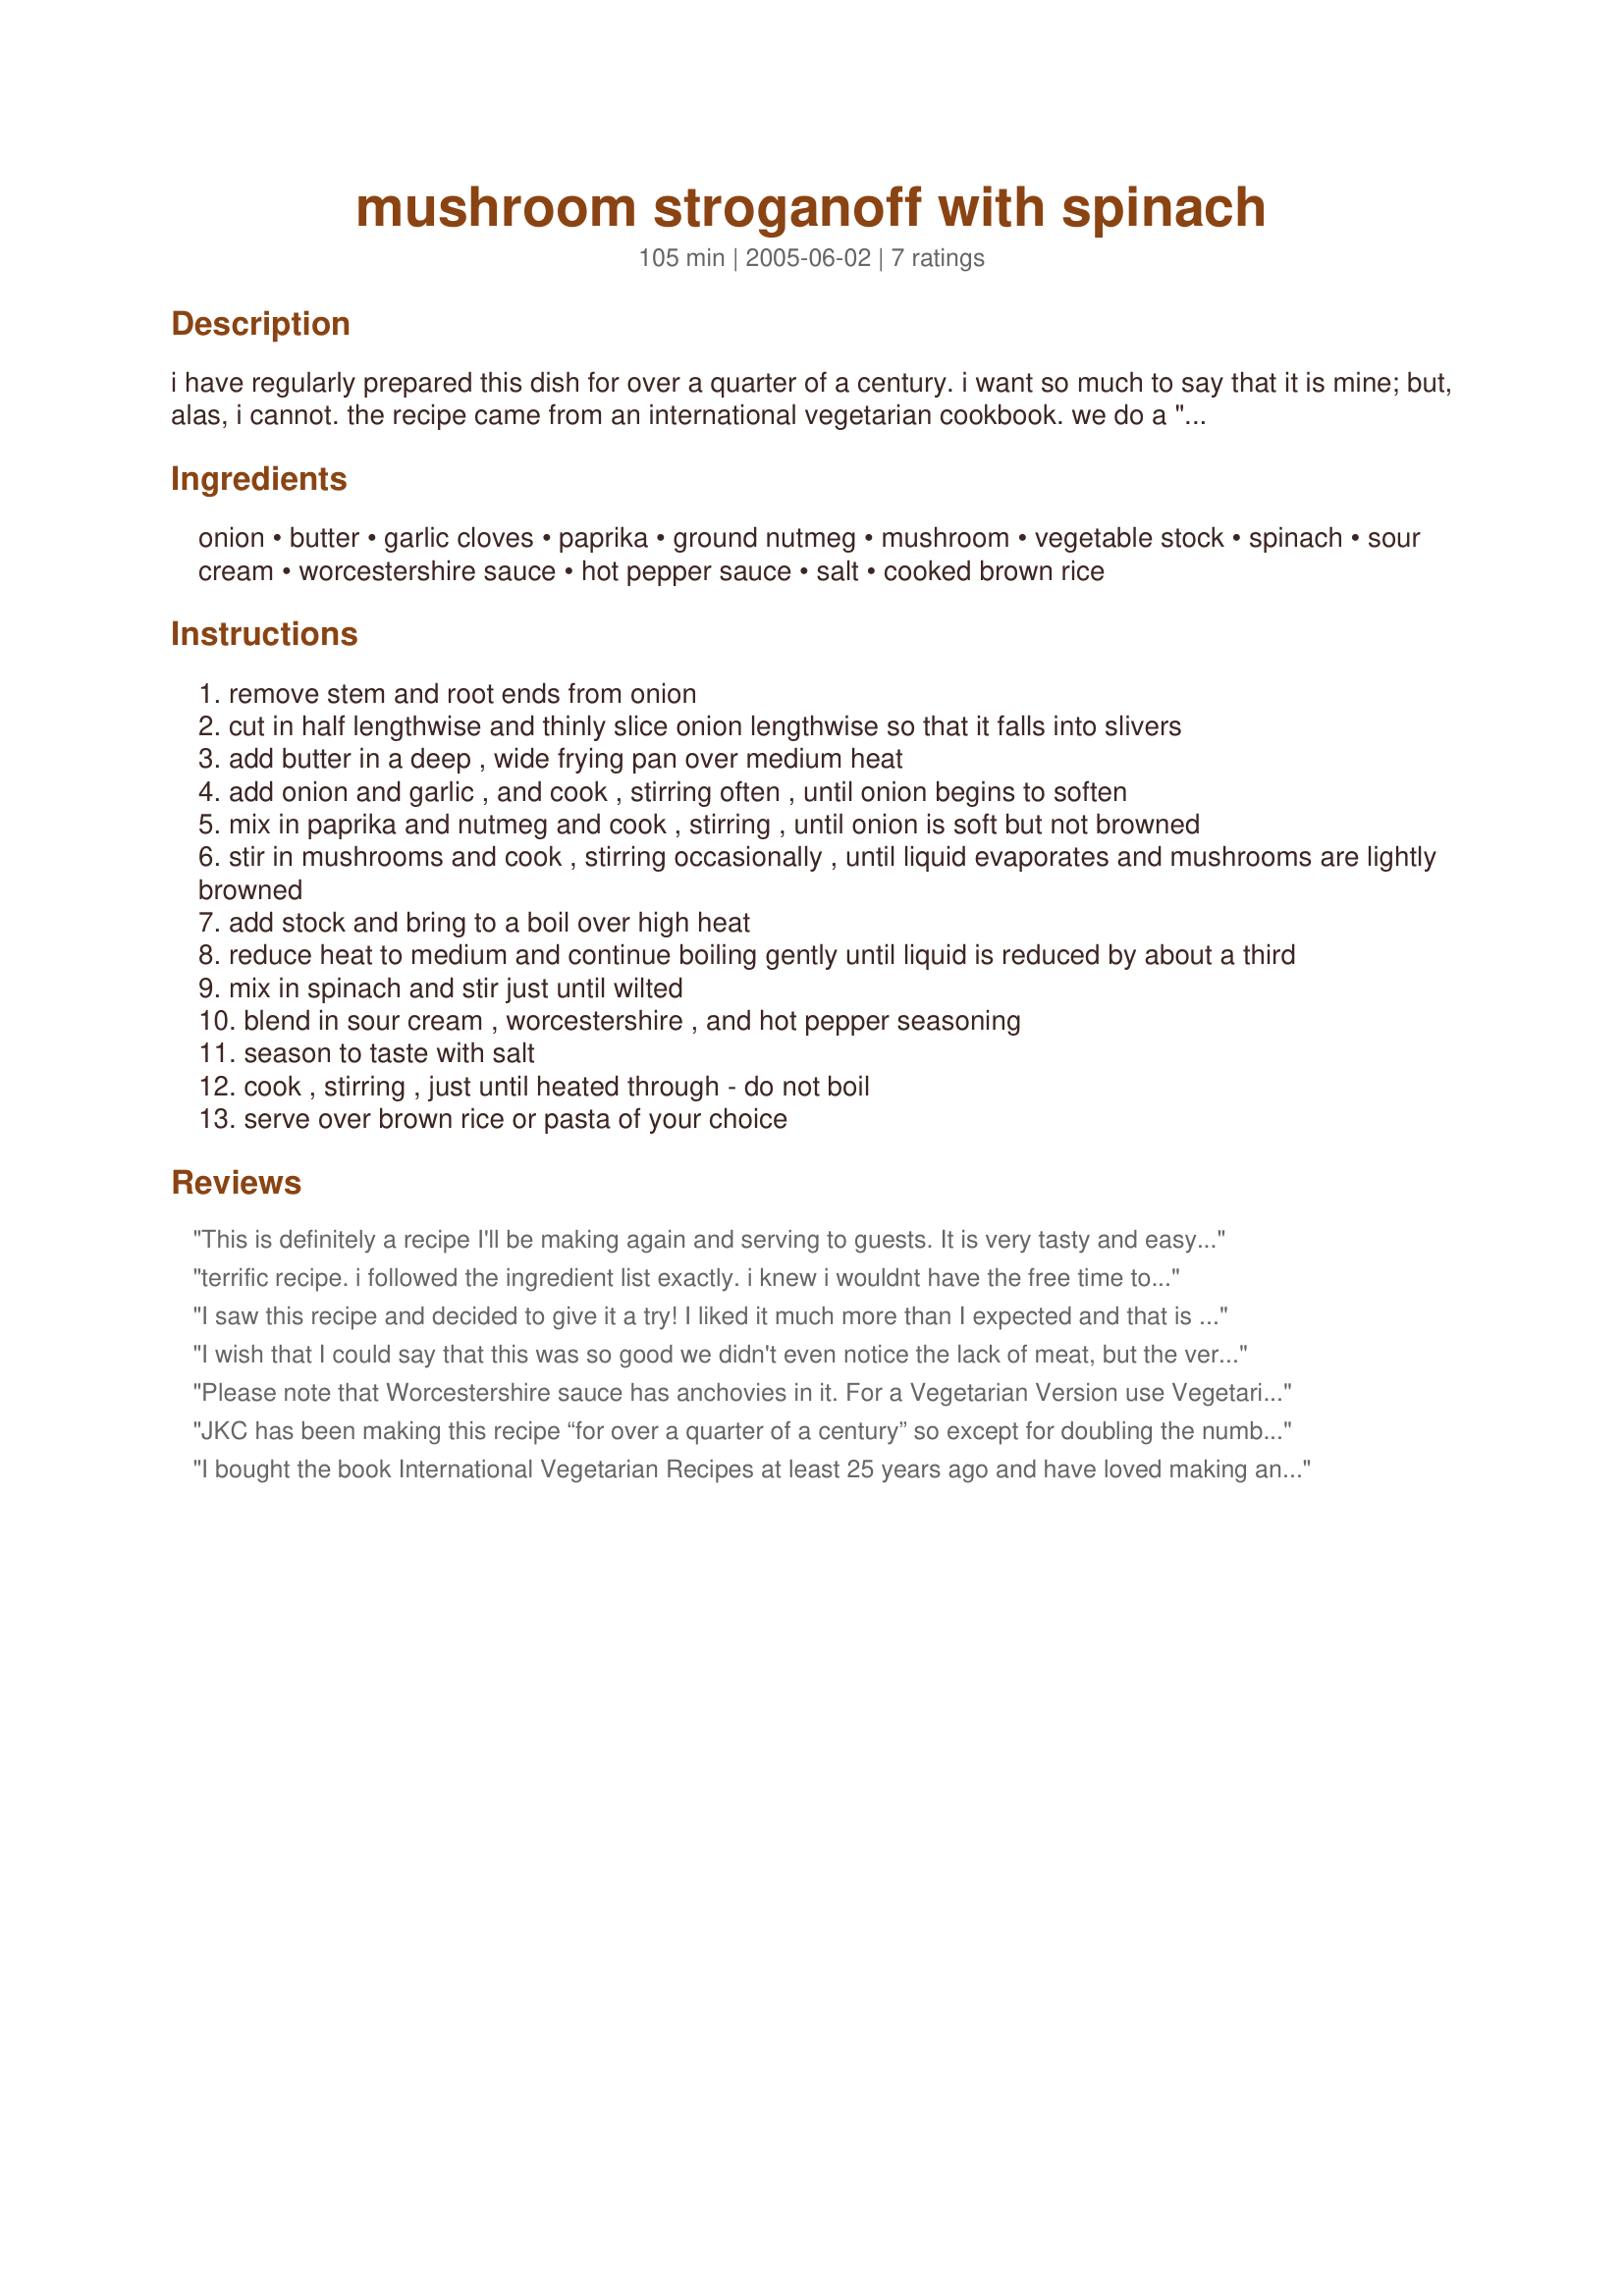
mushroom stroganoff with spinach
Preparation time: 105 minutes

i have regularly prepared this dish for over a quarter of a century. i want so much to say that it is mine; but, alas, i cannot. the recipe came from an international vegetarian cookbook. we do a "no-no" and add ground sirloin to it.

Ingredients:
onion, butter, garlic cloves, paprika, ground nutmeg, mushroom, vegetable stock, spinach, sour cream, worcestershire sauce, hot pepper sauce, salt, cooked brown rice

Steps:
remove stem and root ends from onion
cut in half lengthwise and thinly slice onion lengthwise so that it falls into slivers
add butter in a deep , wide frying pan over medium heat
add onion and garlic , and cook , stirring often , until onion begins to soften
mix in paprika and nutmeg and cook , stirring , until onion is soft but not browned
stir in mushrooms and cook , stirring occasionally , until liquid evaporates and mushrooms are lightly browned
add stock and bring to a boil over high heat
reduce heat to medium and continue boiling gently until liquid is reduced by about a third
mix in spinach and stir just until wilted
blend in sour cream , worcestershire , and hot pepper seasoning
season to taste with salt
cook , stirring , just until heated through - do not boil
serve over brown rice or pasta of your choice

Reviews:
This is definitely a recipe I'll be making again and serving to guests. It is very tasty and easy to make, specially if you use a crock pot to prepare it. I followed Jennifer's tip (from New Jersey) and threw all the ingredients in a crock pot (except for the butter, cream, and spinach) and let them cook till tender. At the end, I added the cream and spinach. It turned out very tasty. It tastes even better after you age it for 1 to 2 days in the refrigerator. [Ingredients used: table cream instead of sour cream, oyster mushroom, and Mongolian Fire oil. I omitted the butter in its entirety.] NOTE: if you are vegetarian, make sure to use vegetarian Worcestershire sauce -- the regular sauce contains anchovies. For the lactose-intolerant people, this recipe is just as flavorful without any cream in it.
terrific recipe. i followed the ingredient list exactly. i knew i wouldnt have the free time to follow the directions as listed (even though they are quite simple) so i just threw the mushrooms, onions, garlic, spices,butter and stock in my slow cooker and let that do the work for me. just as everything was almost done i threw in the spinach and sour cream. it came out wonderfully for me. the texture was very smooth. i didnt feel overstuffed after eating even though i ate the entire thing myself. it was so good i didnt even put it over rice. i ate it as is. there was some left over "cream broth" which i saved and will use tomorrow to toss with some pasta or rice. thanks for the delicious and very simple recipe!!!!!!
I saw this recipe and decided to give it a try! I liked it much more than I expected and that is saying a lot because mushrooms are my least favorite vegetable! A perfect example to &quot;don&#039;t judge a book by its cover or in this case, a recipe by its picture. I typically eyeball the ingredients and this was no exception. I added more sour cream, about 2 cups. In addition to the paprika and nutmeg, I added ceyenne pepper. It gave it a really nice kick. I made it with egg noodles instead of the rice. It was all very flavorful, which was a pleasant surprise. I will be making this again!
I wish that I could say that this was so good we didn't even notice the lack of meat, but the very first comment was "this would be better with beef in it", so I'll definately add a little steak if we try it again. The flavor was actually okay, but still tasted like it needed something seasoning wise (dill or dijon maybe? and definately double the garlic) and the sour cream flavor is more pronounced than in regular stroganoff. I served it with brown rice, but we agreed after tasting it that it would have been better over noodles or even potatoes. In my house we tend to draw a distinction between good vegetarian food and and good food that happens to be vegetarian friendly, and for us this falls into the category of pretty good for vegetarian (other serious carnivores who have tried a lot of super healthy places/dishes catering to vegetarians probably understand the distinction). I wouldn't make this again for my family without some modifications, but it tastes like something my veggie friends would think was fantastic as is. Thanks for sharing.
Please note that Worcestershire sauce has anchovies in it. For a Vegetarian Version use Vegetarian worcestershire sauce without anchovies.
JKC has been making this recipe “for over a quarter of a century” so except for doubling the number of cloves of garlic and omitting the hot pepper sauce (personal taste preferences) – for once I didn’t vary the recipe! Who was I to tamper with a quarter of a century’s experience? Although JKC said that she had added ground sirloin to this recipe, I decided to keep this as a vegetarian dish. I just loved the flavoursome combination of ingredients, and no-one I served it to was even particularly aware that this was a meat-free dish. I served it with brown rice. This was really delicious – every bit as creamy and mushroomy as you’d expect a stroganoff to be – and certainly a recipe I’ll be making again.
I bought the book International Vegetarian Recipes at least 25 years ago and have loved making and eating this recipe. I swap the worcestershire sauce to Soy sauce (wheat free) and put in some fresh crushed chillies from the garden instead of the hot pepper sauce. I serve it with fettucine (pasta)
